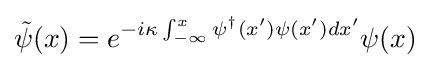
{\tilde {\psi }}(x)=e^{-i\kappa \int _{-\infty }^{x}\psi ^{\dagger }(x')\psi (x')dx'}\psi (x)